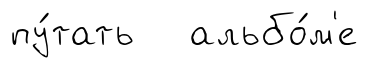
пу́тать альбо́м'е